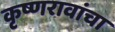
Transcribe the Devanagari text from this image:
कृष्णरावांचा